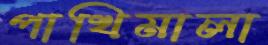
পাখিমালা